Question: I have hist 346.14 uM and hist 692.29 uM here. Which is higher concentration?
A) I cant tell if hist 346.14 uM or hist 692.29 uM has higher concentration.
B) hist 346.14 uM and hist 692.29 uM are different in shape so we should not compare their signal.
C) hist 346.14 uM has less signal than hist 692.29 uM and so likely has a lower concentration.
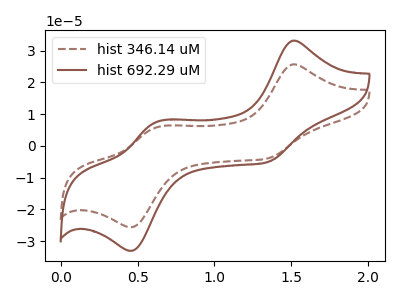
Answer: <think>The brown dashed curve "hist 346.14 uM" has anodic peaks at (1.50V, 25.70uA) (0.60V, 5.70uA) and cathodic peaks at (1.35V, -3.95uA) (0.45V, -25.60uA). The brown curve "hist 692.29 uM" has anodic peaks at (1.50V, 33.15uA) (0.60V, 7.35uA) and cathodic peaks at (1.35V, -5.10uA) (0.45V, -33.05uA).
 All the peaks in "hist 346.14 uM" have a peak in "hist 692.29 uM" at the same potential. Every peak in "hist 346.14 uM" is lower than every peak in "hist 692.29 uM".</think>
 <answer>C) "hist 346.14 uM" has less signal than "hist 692.29 uM" and so likely has a lower concentration.</answer>
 <eval>C</eval>